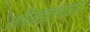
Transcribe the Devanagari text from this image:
अतीमहत्त्वाच्या